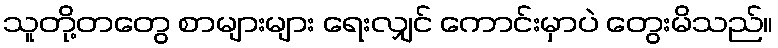
သူတို့တတွေ စာများများ ရေးလျှင် ကောင်းမှာပဲ တွေးမိသည်။